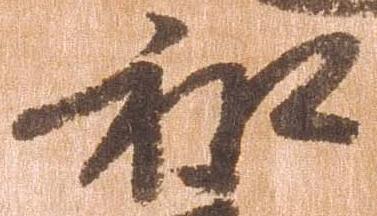
和